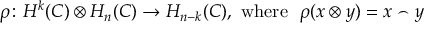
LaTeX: \rho \colon H ^ { k } ( C ) \otimes H _ { n } ( C ) \to H _ { n - k } ( C ) , \ { \mathrm { w h e r e } } \ \ \rho ( x \otimes y ) = x \frown y